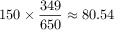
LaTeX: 1 5 0 \times { \frac { 3 4 9 } { 6 5 0 } } \approx 8 0 . 5 4